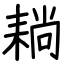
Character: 耥